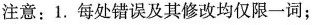
注意:1.每处错误及其修改均仅限一词;